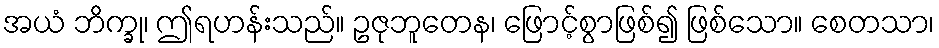
အယံ ဘိက္ခု၊ ဤရဟန်းသည်။ ဥဇုဘူတေန၊ ဖြောင့်စွာဖြစ်၍ ဖြစ်သော။ စေတသာ၊